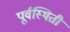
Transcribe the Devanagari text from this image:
पूर्वस्थिती